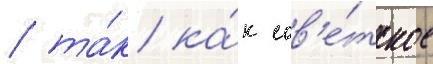
/ та́к ка́к сов'е́тское